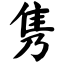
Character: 隽